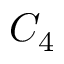
C _ { 4 }